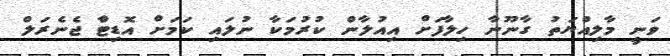
ވަނީ މާލިއްޔަތު ގާނޫނާ ހިލާފަށް އިއުލާން ކުރުމަކާ ނުލައި ކަމަށް އޮޑިޓްާ ޖެނެރަލް